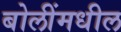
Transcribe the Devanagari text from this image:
बोलींमधील